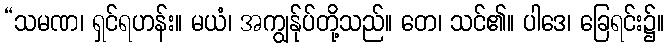
“သမဏ၊ ရှင်ရဟန်း။ မယံ၊ အကျွန်ုပ်တို့သည်။ တေ၊ သင်၏။ ပါဒေ၊ ခြေရင်း၌။